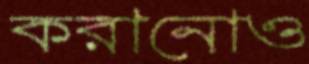
করানোও